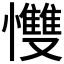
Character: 𢥠